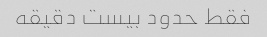
فقط حدود بیست دقیقه